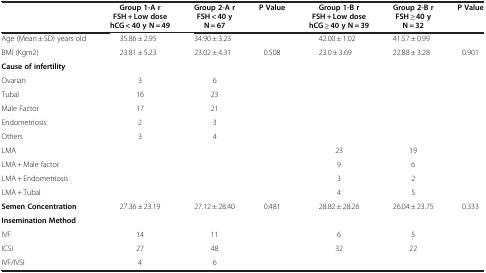
<table><thead><tr><td><b> </b></td><td><b>Group 1-A r FSH + Low dose hCG &lt; 40 y N = 49</b></td><td><b>Group 2-A r FSH &lt; 40 y N = 67</b></td><td><b>P Value</b></td><td><b>Group 1-B r FSH + Low dose hCG ≥ 40 y N = 39</b></td><td><b>Group 2-B r FSH ≥ 40 y N = 32</b></td><td><b>P Value</b></td></tr></thead><tbody><tr><td>Age (Mean ± SD) years old</td><td>35.86 ± 2.95</td><td>34.90 ± 3.23</td><td> </td><td>42.00 ± 1.02</td><td>41.57 ± 0.99</td><td> </td></tr><tr><td>BMI (Kgm2)</td><td>23.81 ± 5.23</td><td>23.02 ± 4.31</td><td>0.508</td><td>23.0 ± 3.69</td><td>22.88 ± 3.28</td><td>0.901</td></tr><tr><td><b>Cause of infertility</b></td><td> </td><td> </td><td> </td><td> </td><td> </td><td> </td></tr><tr><td>Ovarian</td><td>3</td><td>6</td><td> </td><td> </td><td> </td><td> </td></tr><tr><td>Tubal</td><td>16</td><td>23</td><td> </td><td> </td><td> </td><td> </td></tr><tr><td>Male Factor</td><td>17</td><td>21</td><td> </td><td> </td><td> </td><td> </td></tr><tr><td>Endometriosis</td><td>2</td><td>3</td><td> </td><td> </td><td> </td><td> </td></tr><tr><td>Others</td><td>3</td><td>4</td><td> </td><td> </td><td> </td><td> </td></tr><tr><td>LMA</td><td> </td><td> </td><td> </td><td>23</td><td>19</td><td> </td></tr><tr><td>LMA + Male factor</td><td> </td><td> </td><td> </td><td>9</td><td>6</td><td> </td></tr><tr><td>LMA + Endometriosis</td><td> </td><td> </td><td> </td><td>3</td><td>2</td><td> </td></tr><tr><td>LMA + Tubal</td><td> </td><td> </td><td> </td><td>4</td><td>5</td><td> </td></tr><tr><td><b>Semen Concentration</b></td><td>27.36 ± 23.19</td><td>27.12 ± 28.40</td><td>0.481</td><td>28.82 ± 28.26</td><td>26.04 ± 23.75</td><td>0.333</td></tr><tr><td><b>Insemination Method</b></td><td> </td><td> </td><td> </td><td> </td><td> </td><td> </td></tr><tr><td>IVF</td><td>14</td><td>11</td><td> </td><td>6</td><td>5</td><td> </td></tr><tr><td>ICSI</td><td>27</td><td>48</td><td> </td><td>32</td><td>22</td><td> </td></tr><tr><td>IVF/IVSI</td><td>4</td><td>6</td><td> </td><td> </td><td> </td><td> </td></tr></tbody></table>